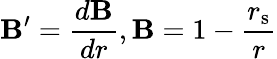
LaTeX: \mathbf{B}^{\prime}={\frac{{d\mathbf{B}}}{{dr}}},\mathbf{B}=1-{\frac{{r_{\mathrm{{{s}}}}}}{{r}}}